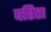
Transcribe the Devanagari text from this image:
परिहा